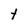
Character: t